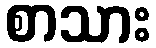
စာသား